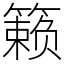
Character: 籁